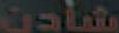
شادن